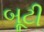
બૂટી